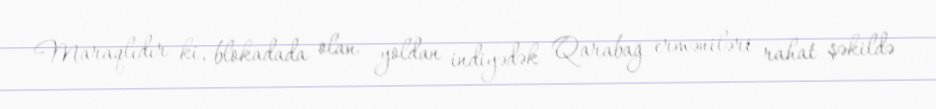
Maraqlıdır ki, blokadada olan yoldan indiyədək Qarabağ erməniləri rahat şəkildə